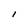
Character: l